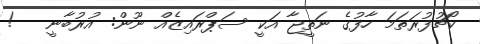
ކޯޗުފުރަތަމަ ހާފުގެ ނަތީޖާ އަކީ ސަޕްރައިޒެއް ނޫން: އުރުބާނީ   !